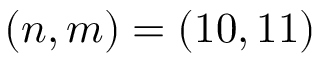
( n , m ) = ( 1 0 , 1 1 )